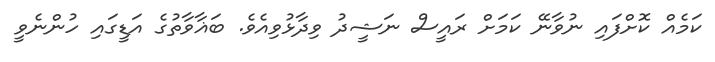
ކަމެއް ކޮށްފައި ނުވާނޭ ކަމަށް ރައީސް ނަޝީދު ވިދާޅުވިއެވެ. ބަޣާވާތުގެ އަޑީގައި ހުންނެވީ